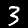
Label: 3